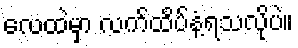
လေထဲမှာ လက်ထိပ်နံ့ရသလိုပဲ။